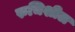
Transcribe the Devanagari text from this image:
रुचिशील